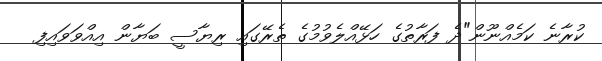
ކުރާނެ ކަމެއްނޫން"ދެ ފަރާތުގެ ހަޅޭއްލެވުމުގެ ތެރޭގައި ރިޔާސީ ބަޔާން އިއްވަވައިފި